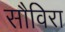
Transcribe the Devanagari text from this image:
सौविरा